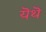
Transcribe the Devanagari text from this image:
यॆथॆ